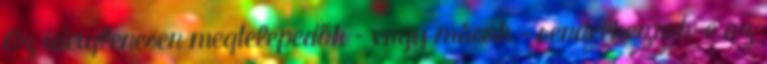
Az ideiglenesen megtelepedők – vagy mások – rendelkeznek-e az